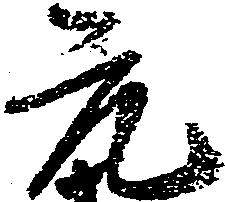
元